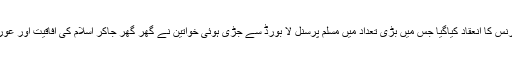
آل انڈیا مسلم پرسنل لا بورڈ کے تحت جگہ جگہ اصلاح معاشرہ کانفرنس کا انعقاد کیاگیا جس میں بڑی تعداد میں مسلم پرسنل لا بورڈ سے جڑی ہوئی خواتین نے گھر گھر جاکر اسلام کی آفاقیت اور عورتوں کا اسلام میں مقام سے واقف کرایا، پھر یہ کیسے زَد میں آگئیں؟